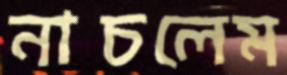
নাচলেম